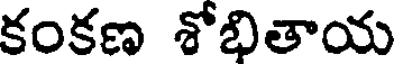
కంకణ శోభితాయ